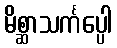
မိစ္ဆာသင်္ကပ္ပေါ